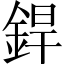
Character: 銲